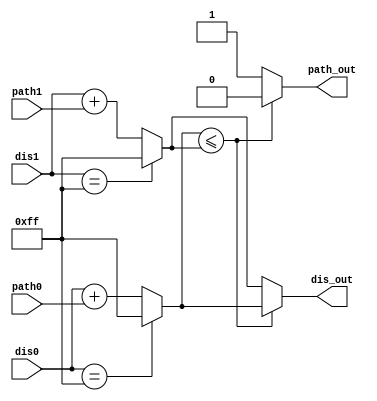
`timescale 1ns / 1ps

module comp(
dis0, // PM on the previous level.
path0, // BM (edge weight).
dis1,
path1,
path_out,
dis_out
    );

parameter r=2;

input[7:0] dis0,dis1;
input[r-1:0] path0,path1;
output reg path_out;
output reg[7:0] dis_out;

reg[7:0] dis_out0,dis_out1;

// Compare the two paths and select the one with smaller PM.
// dis_out = min(dis0 + path0, dis1 + path1)
// path_out = 0 if path 0 selected.
// path_out = 1 if path 1 selected.

always@(dis0,dis1,path0,path1) begin
    if (dis0=='hff) begin
        dis_out0 = 'hff; // We use 'hff to denote infinity. 
    end
    else begin
        dis_out0 = dis0 + path0;
    end
    if (dis1 == 'hff) begin
        dis_out1 = 'hff; // infinity;
    end
    else begin
        dis_out1 = dis1 + path1;
    end
    
    if (dis_out0 <= dis_out1) begin
        dis_out = dis_out0;
        path_out = 0; // first input.
    end
    else begin
        dis_out = dis_out1;
        path_out = 1; // second input.
    end
end


endmodule